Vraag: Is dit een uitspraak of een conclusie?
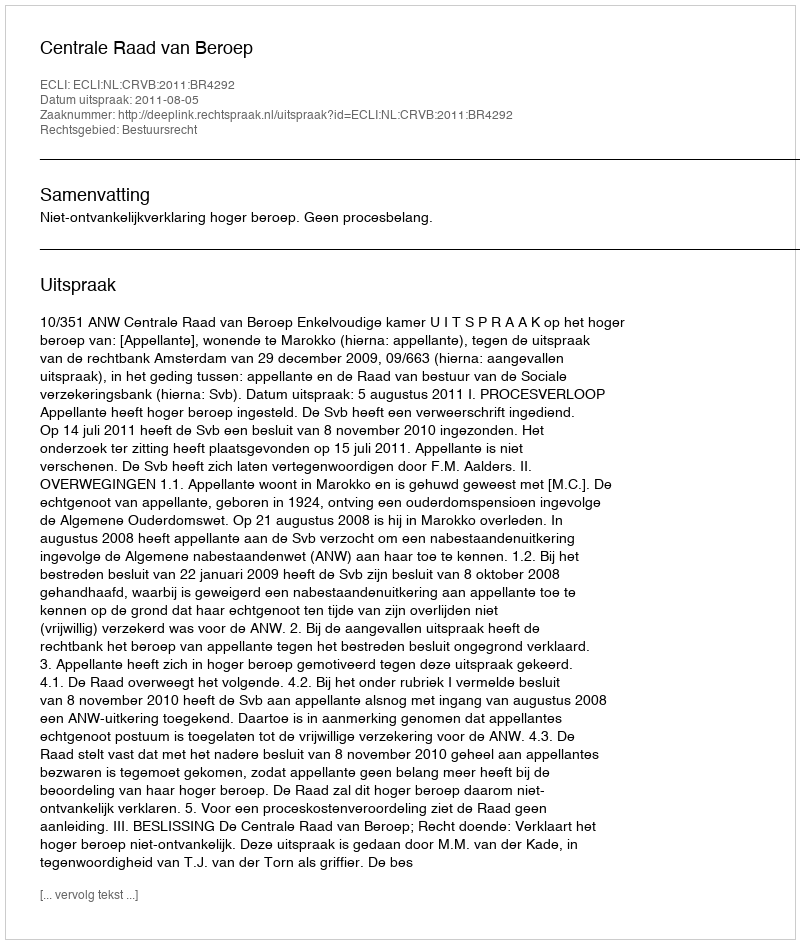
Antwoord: Uitspraak